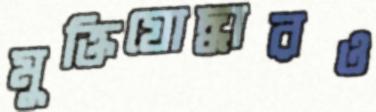
মুক্তিযোদ্ধারও